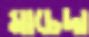
মাচেদা